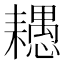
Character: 𦔧